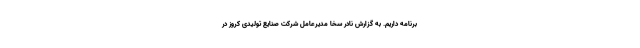
برنامه داریم. به گزارش نادر سخا مدیرعامل شرکت صنایع تولیدی کروز در